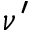
\nu ^ { \prime }